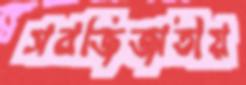
সবজিজাতীয়